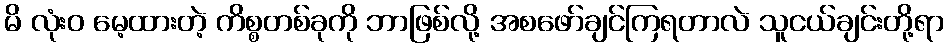
မိ လုံးဝ မေ့ထားတဲ့ ကိစ္စတစ်ခုကို ဘာဖြစ်လို့ အစဖော်ချင်ကြရတာလဲ သူငယ်ချင်းတို့ရာ